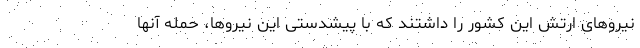
نیروهای ارتش این کشور را داشتند که با پیشدستی این نیروها، حمله آنها